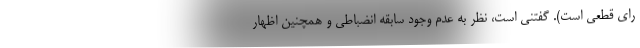
رای قطعی است). گفتنی است، نظر به عدم وجود سابقه انضباطی و همچنین اظهار